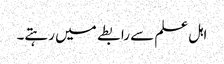
اہل علم سے رابطے میں رہتے۔